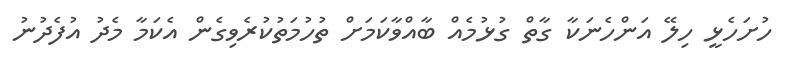
ހުށަހެޅީ ހިލޭ އަންހެނަކާ ގާތް ގުޅުމެއް ބާއްވާކަމަށް ތުހުމަތުކުރެވިގެން އެކަމާ މެދު އުފެދުނު